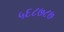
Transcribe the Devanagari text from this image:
५६८७८७